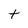
Character: t